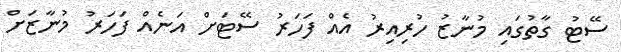
ސޭޓު ގާތުގައި މުނާޒު ހުރިއިރު އެއް ފަހަރު ސޭޓަށް އަނެއް ފަހަރު މުނާޒަށް